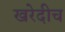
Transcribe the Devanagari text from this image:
खरेदीच